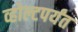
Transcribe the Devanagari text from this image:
व्होल्टपर्यंत